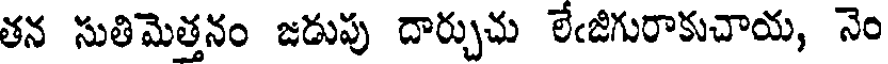
తన సుతిమెత్తనం జడుపు దార్చుచు లేఁజిగురాకుచాయ, నెం